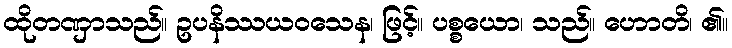
ထိုတဏှာသည်။ ဥပနိဿယဝသေန၊ ဖြင့်။ ပစ္စယော၊ သည်။ ဟောတိ၊ ၏။